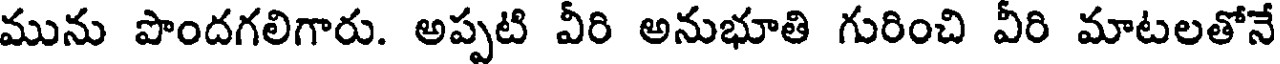
మును పొందగలిగారు. అప్పటి వీరి అనుభూతి గురించి వీరి మాటలతోనే